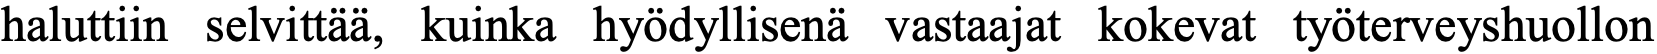
haluttiin selvittää, kuinka hyödyllisenä vastaajat kokevat työterveyshuollon